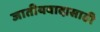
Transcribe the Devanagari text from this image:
जातीयवादासाठी